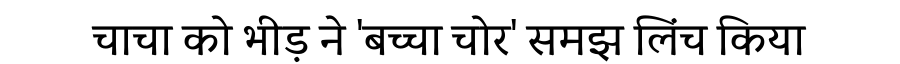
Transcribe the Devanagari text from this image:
चाचा को भीड़ ने 'बच्चा चोर' समझ लिंच किया